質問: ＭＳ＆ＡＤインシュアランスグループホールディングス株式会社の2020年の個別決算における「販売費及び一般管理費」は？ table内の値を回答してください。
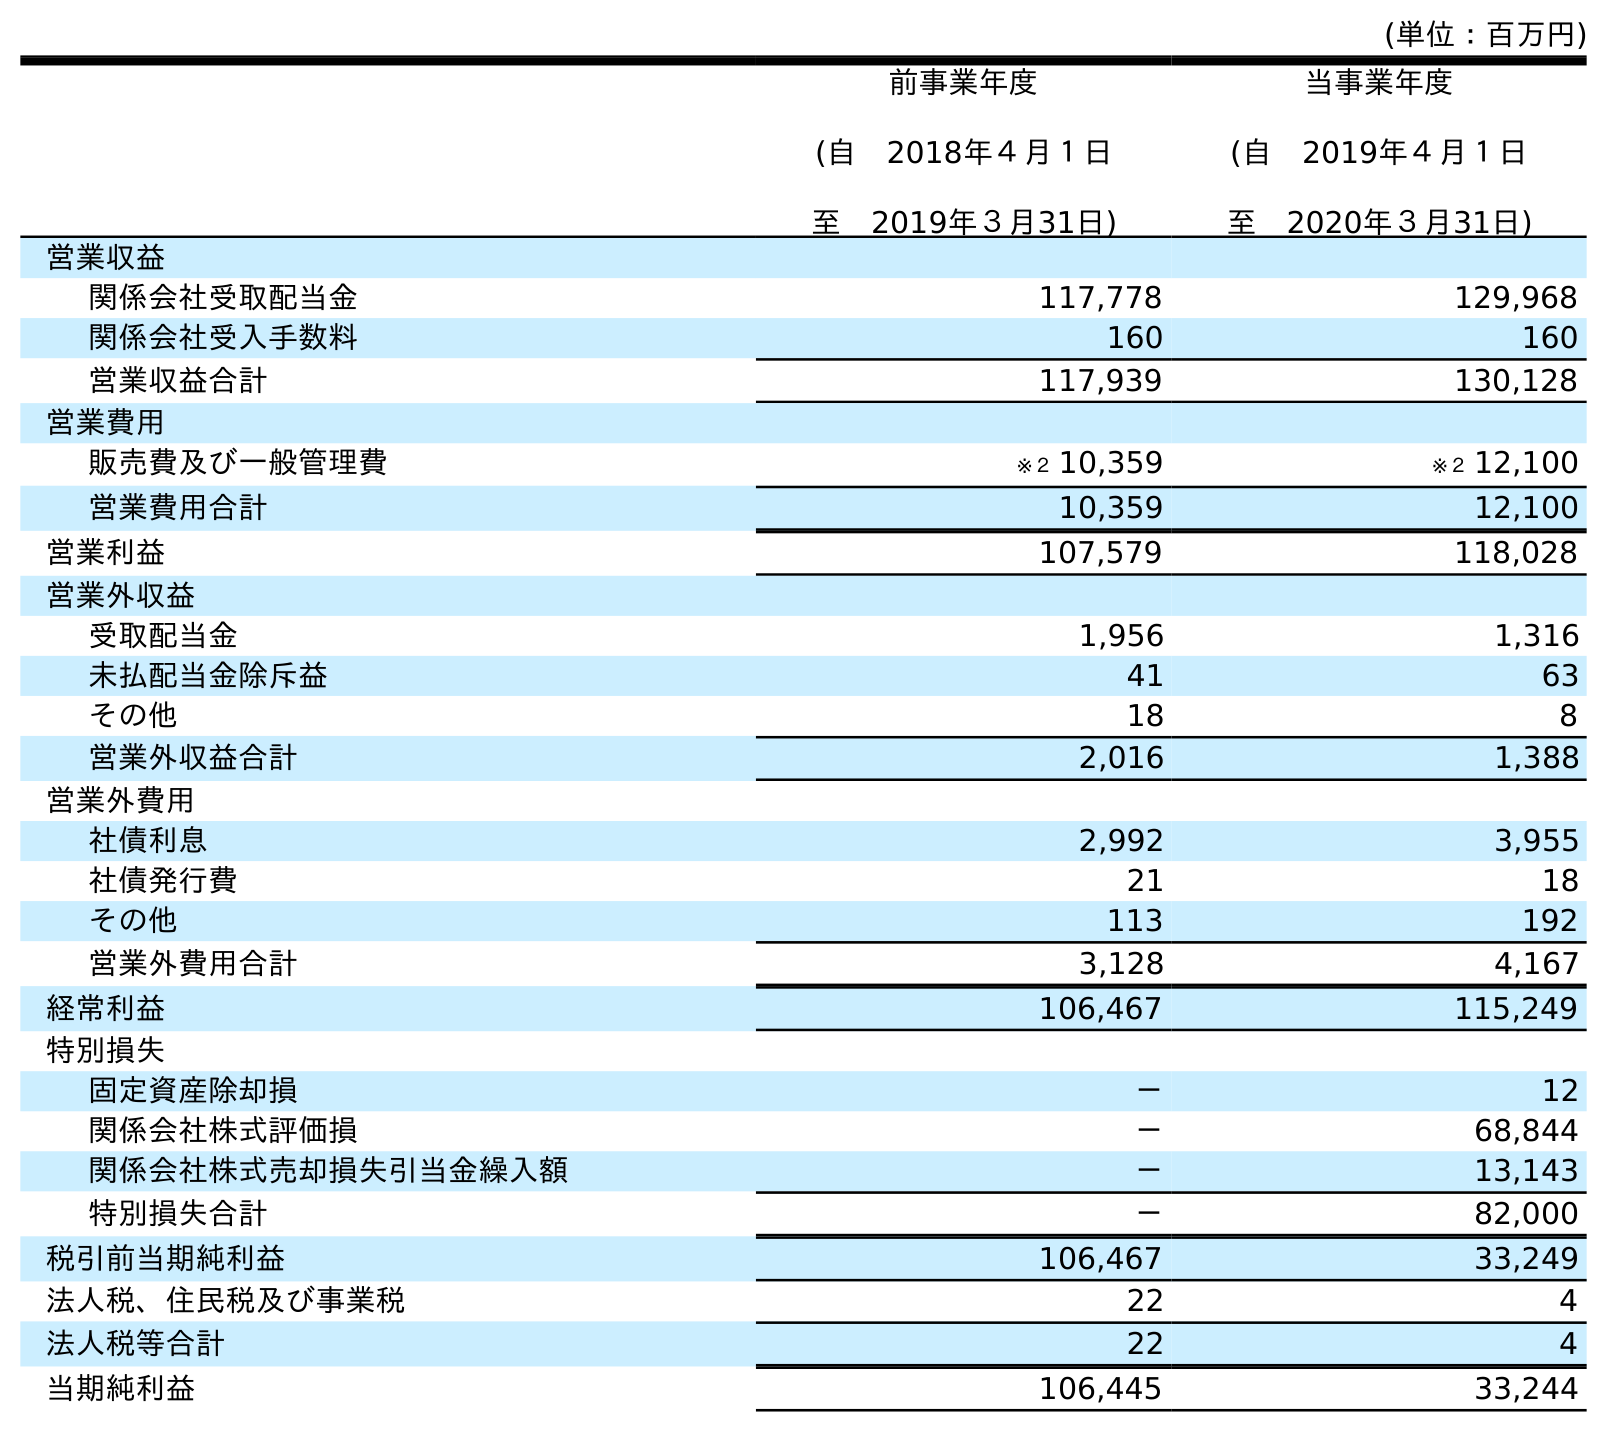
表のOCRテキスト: (単位：百万円) 前事業年度 (自 2018年４月１日 至 2019年３月31日) 当事業年度 (自 2019年４月１日 至 2020年３月31日) 営業収益 関係会社受取配当金 117,778 129,968 関係会社受入手数料 160 160 営業収益合計 117,939 130,128 営業費用 販売費及び一般管理費 ※２ 10,359 ※２ 12,100 営業費用合計 10,359 12,100 営業利益 107,579 118,028 営業外収益 受取配当金 1,956 1,316 未払配当金除斥益 41 63 その他 18 8 営業外収益合計 2,016 1,388 営業外費用 社債利息 2,992 3,955 社債発行費 21 18 その他 113 192 営業外費用合計 3,128 4,167 経常利益 106,467 115,249 特別損失 固定資産除却損 － 12 関係会社株式評価損 － 68,844 関係会社株式売却損失引当金繰入額 － 13,143 特別損失合計 － 82,000 税引前当期純利益 106,467 33,249 法人税、住民税及び事業税 22 4 法人税等合計 22 4 当期純利益 106,445 33,244
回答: ※２12,100